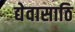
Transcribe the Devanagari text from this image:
द्येवासाठि